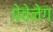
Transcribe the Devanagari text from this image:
पेचेनेग